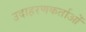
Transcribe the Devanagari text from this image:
उदाहरणकर्ताओं